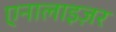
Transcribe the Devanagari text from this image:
एनालाइज़र